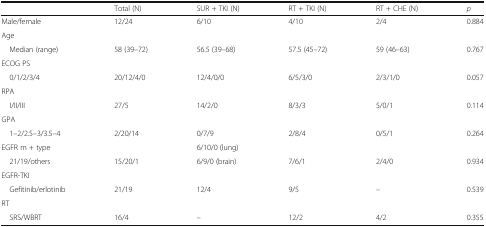
|  | Total (N) | SUR + TKI (N) | RT + TKI (N) | RT + CHE (N) | p |
 | --- | --- | --- | --- | --- | --- |
 | Male/female | 12/24 | 6/10 | 4/10 | 2/4 | 0.884 |
 | <COLSPAN=6> Age |
 | Median (range) | 58 (39–72) | 56.5 (39–68) | 57.5 (45–72) | 59 (46–63) | 0.767 |
 | <COLSPAN=6> ECOG PS |
 | 0/1/2/3/4 | 20/12/4/0 | 12/4/0/0 | 6/5/3/0 | 2/3/1/0 | 0.057 |
 | <COLSPAN=6> RPA |
 | I/II/III | 27/5 | 14/2/0 | 8/3/3 | 5/0/1 | 0.114 |
 | <COLSPAN=6> GPA |
 | 1–2/2.5–3/3.5–4 | 2/20/14 | 0/7/9 | 2/8/4 | 0/5/1 | 0.264 |
 | EGFR m + type |  | 6/10/0 (lung) |  |  |  |
 | 21/19/others | 15/20/1 | 6/9/0 (brain) | 7/6/1 | 2/4/0 | 0.934 |
 | <COLSPAN=6> EGFR-TKI |
 | Gefitinib/erlotinib | 21/19 | 12/4 | 9/5 | – | 0.539 |
 | <COLSPAN=6> RT |
 | SRS/WBRT | 16/4 | – | 12/2 | 4/2 | 0.355 |